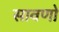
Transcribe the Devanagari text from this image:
सावणो